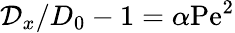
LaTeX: \mathcal{D}_{x}/D_{0}-1=\alpha\mathrm{Pe}^{2}